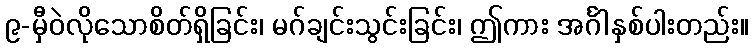
၉-မှီဝဲလိုသောစိတ်ရှိခြင်း၊ မဂ်ချင်းသွင်းခြင်း၊ ဤကား အင်္ဂါနှစ်ပါးတည်း။